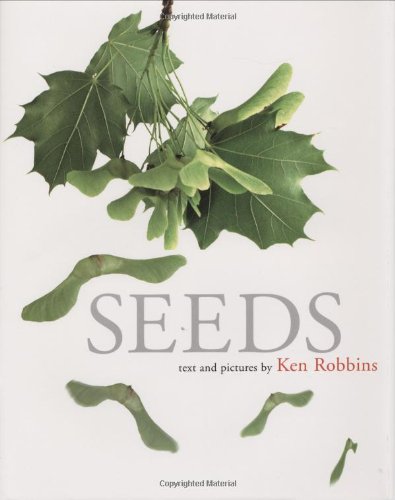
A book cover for Seeds; Ken Robbins; Children's Books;